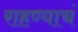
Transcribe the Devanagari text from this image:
राहण्याचं